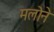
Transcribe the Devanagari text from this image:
मलोने